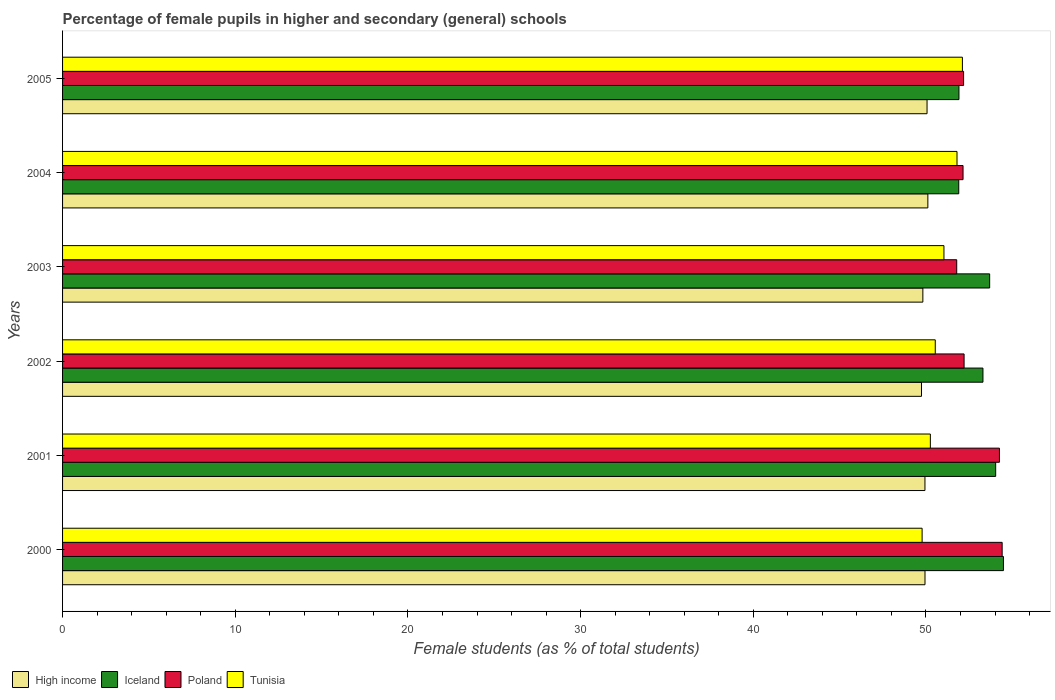
| Years | High income | Iceland | Poland | Tunisia |
 | --- | --- | --- | --- | --- |
 | 2000 | 49.9 | 54.5 | 54.4 | 49.8 |
 | 2001 | 49.9 | 54 | 54.3 | 50.3 |
 | 2002 | 49.7 | 53.3 | 52.2 | 50.5 |
 | 2003 | 49.8 | 53.7 | 51.8 | 51 |
 | 2004 | 50.1 | 51.9 | 52.1 | 51.8 |
 | 2005 | 50.1 | 51.9 | 52.2 | 52.1 |